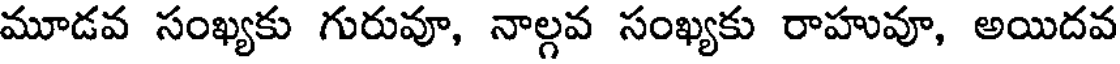
మూడవ సంఖ్యకు గురువూ, నాల్గవ సంఖ్యకు రాహువూ, అయిదవ